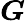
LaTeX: \boldsymbol{G}